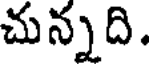
చున్నది.